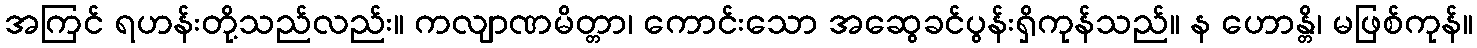
အကြင် ရဟန်းတို့သည်လည်း။ ကလျာဏမိတ္တာ၊ ကောင်းသော အဆွေခင်ပွန်းရှိကုန်သည်။ န ဟောန္တိ၊ မဖြစ်ကုန်။